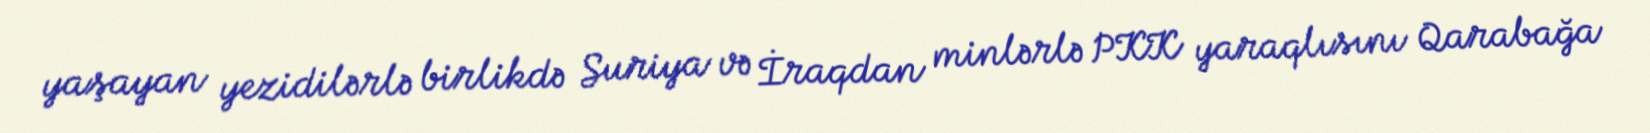
yaşayan yezidilərlə birlikdə Suriya və İraqdan minlərlə PKK yaraqlısını Qarabağa